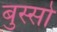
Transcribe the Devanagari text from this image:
बुस्सो